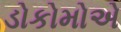
ડોકોમોએ